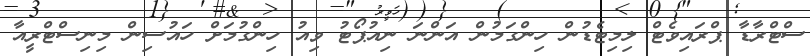
ސްޓްރާޑާ ޕްރައިވެޓް ލިމިޓެޑުން ހިންގަމުން އަންނަ ނިއުޕޯޓު ވިއު ހިންގުމަށް ހައުސިން މިނިސްޓްރީއާ